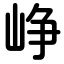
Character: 峥